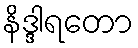
နိဒ္ဒါရတော